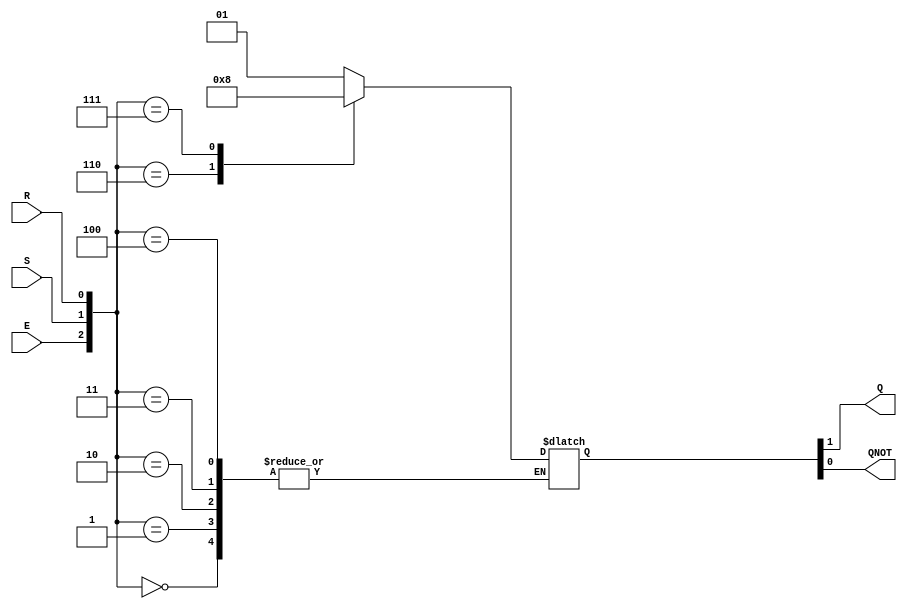
module gated_sr_latch (S,R,E,Q,QNOT); //Gated SR Latch with Q and Q' output and S,R, and E inputs.

	input wire S,R,E;	//Inputs to the latch set, reset, and enable
	output wire Q,QNOT;	//outputs 
	reg [1:0]out;	//reg out to use in always block
	
	always @ *
		case ({E,S,R})	//Case statement based on enable, set, and reset
			3'b000:out={Q,QNOT};	//Not enabled. Hold state
			3'b001:out={Q,QNOT};	//Not enabled. Hold state
			3'b010:out={Q,QNOT};	//Not enabled. Hold state
			3'b011:out={Q,QNOT};	//Not enabled. Hold state
			3'b100:out={Q,QNOT};	//Enabled. Hold State
			3'b101:out=2'b01;	//Enabled. Reset State
			3'b110:out=2'b10;	//Enabled. Set state
			3'b111:out=2'b00;	//Enabled. Invalid State
		endcase	//end of case statement
		
	assign Q=out[1];	//assigns bit 1 of out to Q
	assign QNOT=out[0];	//assigns bit 0 of out to QNOT
		
endmodule	//End of module